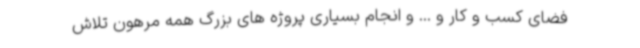
فضای کسب و کار و ... و انجام بسیاری پروژه های بزرگ همه مرهون تلاش